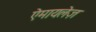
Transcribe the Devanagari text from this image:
ऐमायलेज़